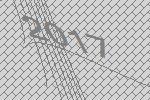
2017